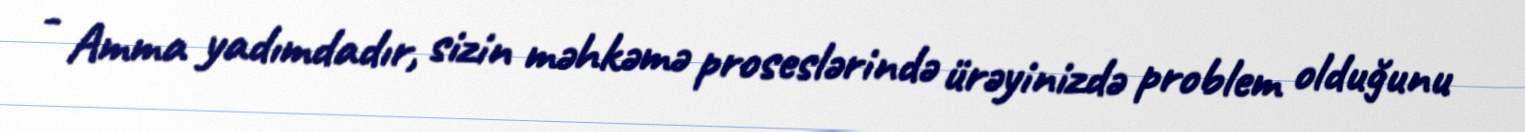
- Amma yadımdadır, sizin məhkəmə proseslərində ürəyinizdə problem olduğunu